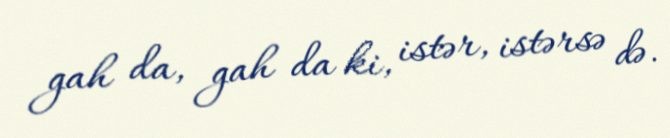
gah da, gah da ki, istər, istərsə də.